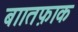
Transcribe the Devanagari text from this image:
बाातफ़ाक